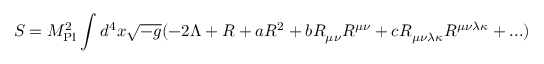
S = { M } _ { \mathrm { { P l } } } ^ { 2 } \int _ { } ^ { } { d } ^ { 4 } x \sqrt { - g } ( - 2 \Lambda + R + a { R } ^ { 2 } + b { R } _ { \mu \nu } { R } ^ { \mu \nu } + c { R } _ { \mu \nu \lambda \kappa } { R } ^ { \mu \nu \lambda \kappa } + . . . )